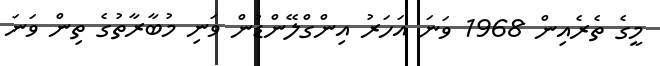
މީގެ ތެރެއިން 1968 ވަނަ އަހަރު އިންގްލޭންޑުން ވަނި މުބާރާތުގެ ތިން ވަނަ